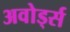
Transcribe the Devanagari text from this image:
अवोर्ड्स